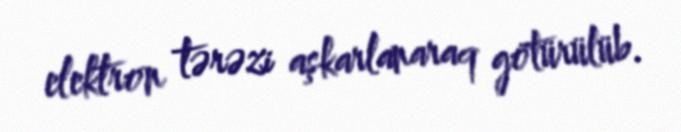
elektron tərəzi aşkarlanaraq götürülüb.